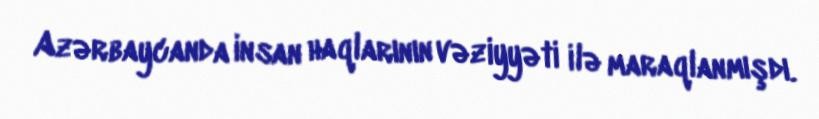
Azərbaycanda insan haqlarının vəziyyəti ilə maraqlanmışdı.